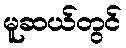
မူဆယ်တွင်